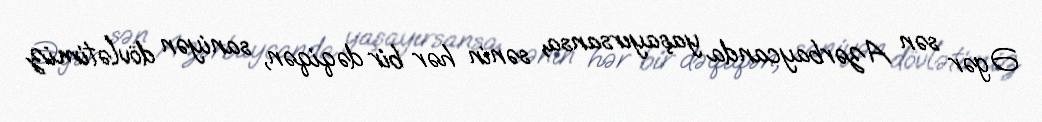
Əgər sən Azərbaycanda yaşayırsansa, sənin hər bir dəqiqən, saniyən dövlətimiz